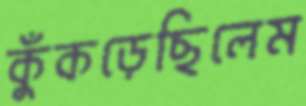
কুঁকড়েছিলেম